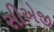
સીએજી